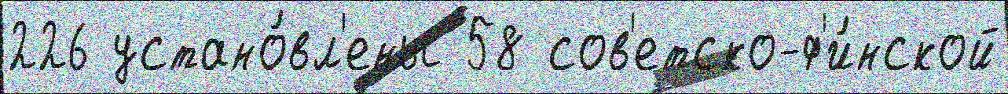
226 устано́вл'ены 58 сов'етско-ф'и́нской